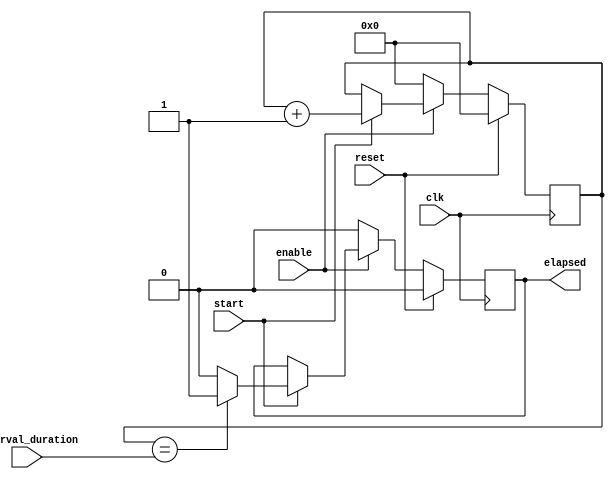
module Interval_Timer(
    input wire clk,    // Clock signal
    input wire reset,  // Reset input
    input wire enable, // Enable signal to enable/disable the timer
    input wire start,  // Start signal to begin counting
    input wire [31:0] interval_duration, // Input for setting the interval duration
    output reg elapsed // Output signal to indicate that the interval has elapsed
);

reg [31:0] count; // Counter to keep track of time

always @(posedge clk) begin
    if(reset) begin
        count <= 0;
        elapsed <= 0;
    end else begin
        if(enable) begin
            if(start) begin
                count <= count + 1;
                if(count == interval_duration) begin
                    elapsed <= 1;
                end else begin
                    elapsed <= 0;
                end
            end
        end else begin
            count <= 0;
            elapsed <= 0;
        end
    end
end

endmodule